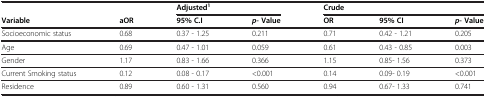
<table><thead><tr><td><b> </b></td><td><b> </b></td><td colspan="2"><b>Adjusted<sup>1</sup></b></td><td colspan="3"><b>Crude</b></td></tr><tr><td><b>Variable</b></td><td><b>aOR</b></td><td><b>95% C.I</b></td><td><b><i>p- </i>Value</b></td><td><b>OR</b></td><td><b>95% CI</b></td><td><b><i>p</i>- Value</b></td></tr></thead><tbody><tr><td>Socioeconomic status</td><td>0.68</td><td>0.37 - 1.25</td><td>0.211</td><td>0.71</td><td>0.42 - 1.21</td><td>0.205</td></tr><tr><td>Age</td><td>0.69</td><td>0.47 - 1.01</td><td>0.059</td><td>0.61</td><td>0.43 - 0.85</td><td>0.003</td></tr><tr><td>Gender</td><td>1.17</td><td>0.83 - 1.66</td><td>0.366</td><td>1.15</td><td>0.85- 1.56</td><td>0.373</td></tr><tr><td>Current Smoking status</td><td>0.12</td><td>0.08 - 0.17</td><td>&lt;0.001</td><td>0.14</td><td>0.09- 0.19</td><td>&lt;0.001</td></tr><tr><td>Residence</td><td>0.89</td><td>0.60 - 1.31</td><td>0.560</td><td>0.94</td><td>0.67- 1.33</td><td>0.741</td></tr></tbody></table>